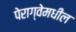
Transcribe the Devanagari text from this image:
पेराग्वेमधील